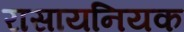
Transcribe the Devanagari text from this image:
रासायनियक